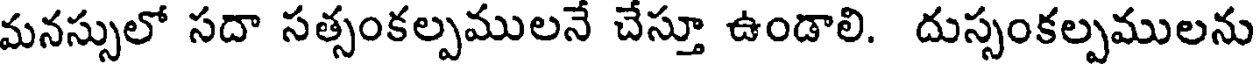
మనస్సులో సదా సత్సంకల్పములనే చేస్తూ ఉండాలి. దుస్సంకల్పములను